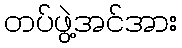
တပ်ဖွဲ့အင်အား